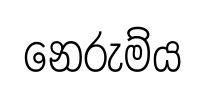
නෙරුම්ය